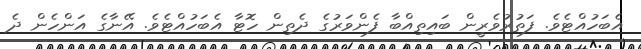
އެބަހުއްޓެވެ. ފަތުރުވެރީން ބައިތިއްބާ ފެންވަރުގެ ދެތިން ހޮޓާ އެބަހުއްޓެވެ. އޭނާގެ އަންހެން ދެ